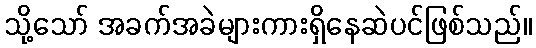
သို့သော် အခက်အခဲများကားရှိနေဆဲပင်ဖြစ်သည်။